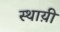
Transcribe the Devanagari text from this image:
स्थाय़ी